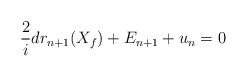
\begin{align*} \frac{2}{i}dr_{n+1}(X_f) + E_{n+1} + u_n = 0\end{align*}